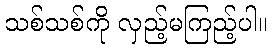
သစ်သစ်ကို လှည့်မကြည့်ပါ။